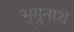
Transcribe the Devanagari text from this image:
भृगुनाथ